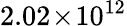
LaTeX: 2.02\! \times\! 10^{12}